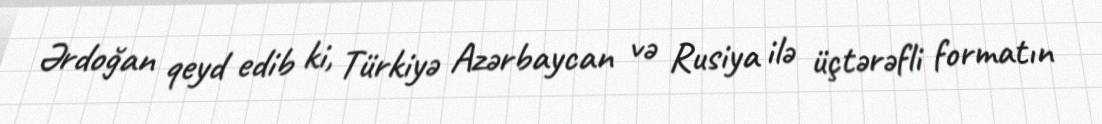
Ərdoğan qeyd edib ki, Türkiyə Azərbaycan və Rusiya ilə üçtərəfli formatın